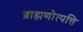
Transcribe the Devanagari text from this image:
ब्राह्मणोत्पत्ति